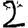
Digit: 2